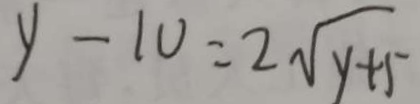
y - 1 0 = 2 \sqrt { y + 5 }